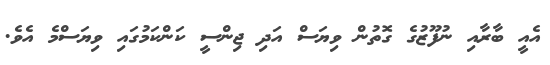
އެއީ ބާރާއި ނުފޫޒުގެ ގޮތުން ވިޔަސް އަދި ޖިންސީ ކަންކަމުގައި ވިޔަސްމެ އެވެ.